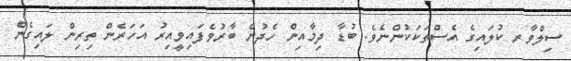
ސިލްވާރ ކުލައިގެ އެސްތަކަކުންނެވެ. ބުޑާ ދިމާއިން ހެދުން ބާރުވެފައިވީއިރު އަހަރެން ތިރިން ލައިގެން